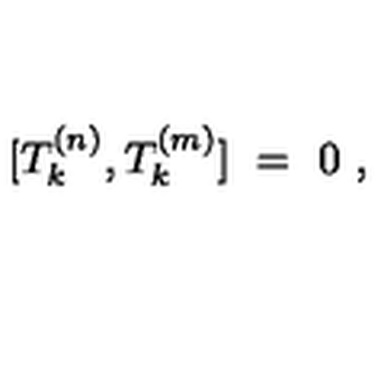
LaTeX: [ T _ { k } ^ { ( n ) } , T _ { k } ^ { ( m ) } ] \ = \ 0 \ ,